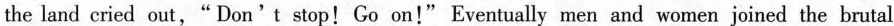
the land eried out," Don't stop! Go on!" Eventually men and women joined the brutal